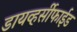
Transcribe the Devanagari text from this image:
डायव्हर्सीफाईड